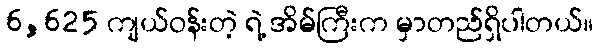
6,625 ကျယ်ဝန်းတဲ့ ရဲ့ အိမ်ကြီးက မှာတည်ရှိပါတယ်။